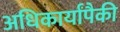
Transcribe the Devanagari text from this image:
अधिकार्यांपैकी